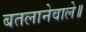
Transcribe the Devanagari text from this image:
बतलानेवाले॥